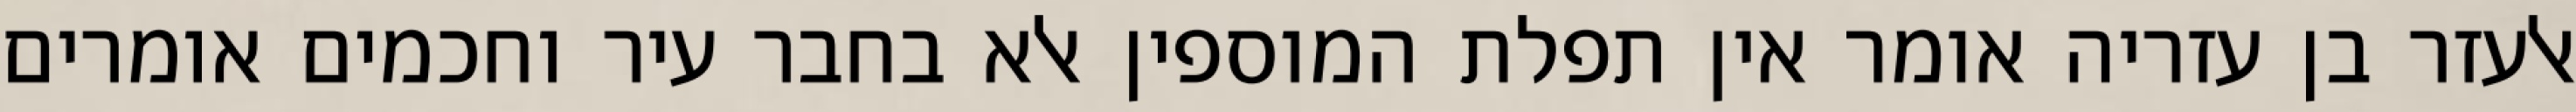
אלעזר בן עזריה אומר אין תפלת המוספין אלא בחבר עיר וחכמים אומרים